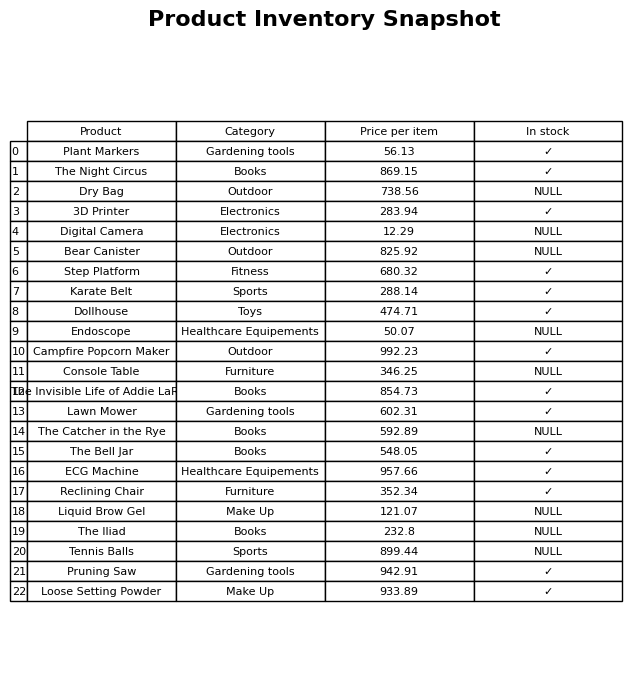
question: Which products are available in stock?
answer: Plant Markers, The Night Circus, 3D Printer, Step Platform, Karate Belt, Dollhouse, Campfire Popcorn Maker, The Invisible Life of Addie LaRue, Lawn Mower, The Bell Jar, ECG Machine, Reclining Chair, Pruning Saw, Loose Setting Powder